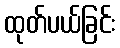
ထုတ်ပယ်ခြင်း